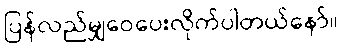
ပြန်လည်မျှဝေပေးလိုက်ပါတယ်နော်။